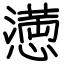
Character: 𢡛